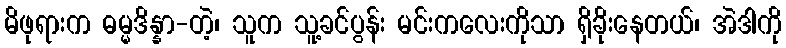
မိဖုရားက ဓမ္မဒိန္နာ-တဲ့၊ သူက သူ့ခင်ပွန်း မင်းကလေးကိုသာ ရှိခိုးနေတယ်၊ အဲဒါကို